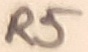
Text: R5